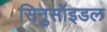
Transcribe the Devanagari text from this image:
सिनुसॉइडल